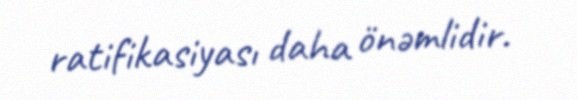
ratifikasiyası daha önəmlidir.